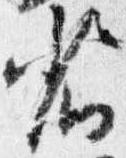
省